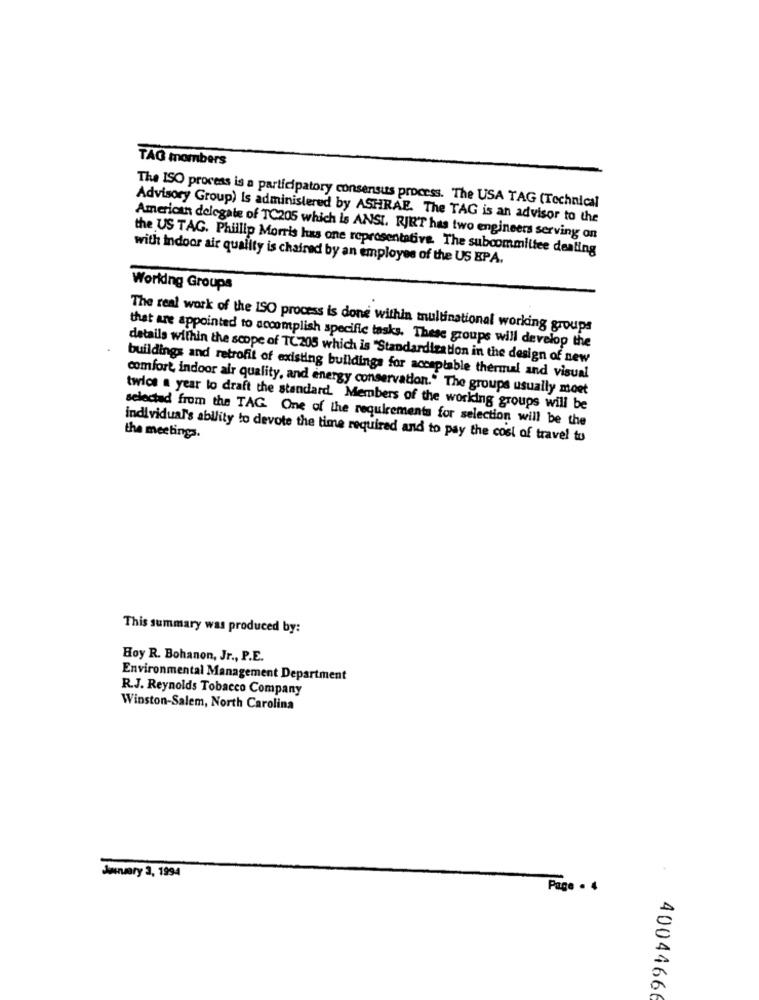
TAG mombers
The ISO process is a participatory consensus process. The USA TAG (Technical
Advisory Group) Is administered by ASHRAE. The TAG is an advisor to the
American delegate of TC205 which is ANSI. RJRT has two engineers serving on
the US TAG. Phillip Morris has one representative. The subcommittee dealing
with indoor air quality is chaired by an employee of the US EPA.
Working Groups
The real work of the ISO process is done within multinational working groups
that are appointed to accomplish specific tasks. These groups will develop the
details within the scope of TC205 which is "Standardization in the design of new
buildings and retrofit of existing buildings for acceptable thermal and visual
comfort, indoor air quality, and energy conservation." The groups usually moet
twice a year to draft the standard. Members of the working groups will be
selected from the TAG. One of the requirements for selection will be the
individual's ability to devote the time required and to pay the cost of travel tu
the meeting.
This summary was produced by:
Hoy R. Bohanon, Jr ., P.E.
Environmental Management Department
R.J. Reynolds Tobacco Company
Winston-Salem, North Carolina
January 3, 1994
Page . 4
40044666